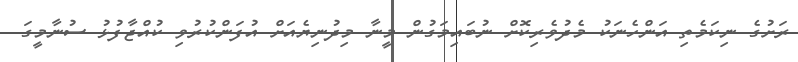
ރަށުގެ ނިކަމެތި އަންހެނަކު މެދުވެރިކޮށް ނުބައިމަގުން މީނާ މިދުނިޔެއަށް އުފަންކުރުވި ކުއްޖާފުޅު ސުނާމީގަ